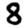
Digit: 8